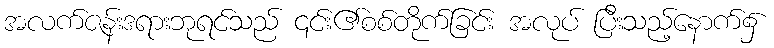
အလက်ဇန်းဒရားဘုရင်သည် ၎င်း၏စစ်တိုက်ခြင်း အလုပ် ပြီးသည့်နောက်၌